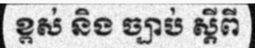
ខ្ពស់ និង ច្បាប់ ស្តីពី